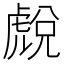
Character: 𧇓